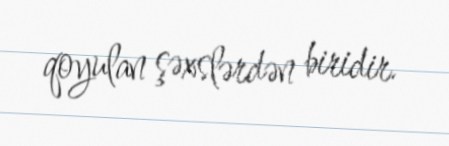
qoyulan şəxslərdən biridir.